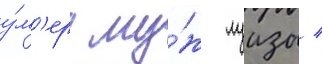
у́м'ер му́ж луизы /